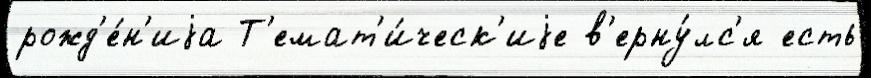
рожд'е́н'иjа Т'емат'и́ческ'иjе в'ерну́лс'я есть